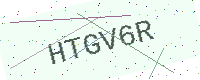
Text: HTGV6R